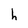
Character: h